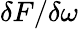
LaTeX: \delta F/\delta\omega